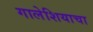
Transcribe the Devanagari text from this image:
गालेशियाचा